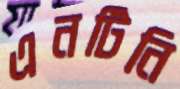
এনটিনি